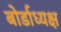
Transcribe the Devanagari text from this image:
बोर्डाध्यक्ष